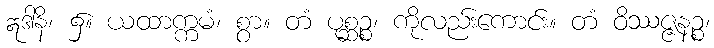
ဣဒါနိ၊ ၌။ ယထာက္ကမံ၊ စွာ။ တံ ပုစ္ဆဉ္စ၊ ကိုလည်းကောင်း။ တံ ဝိဿဇ္ဇနဉ္စ၊